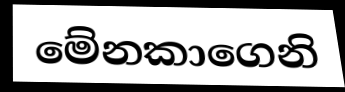
මේනකාගෙනි